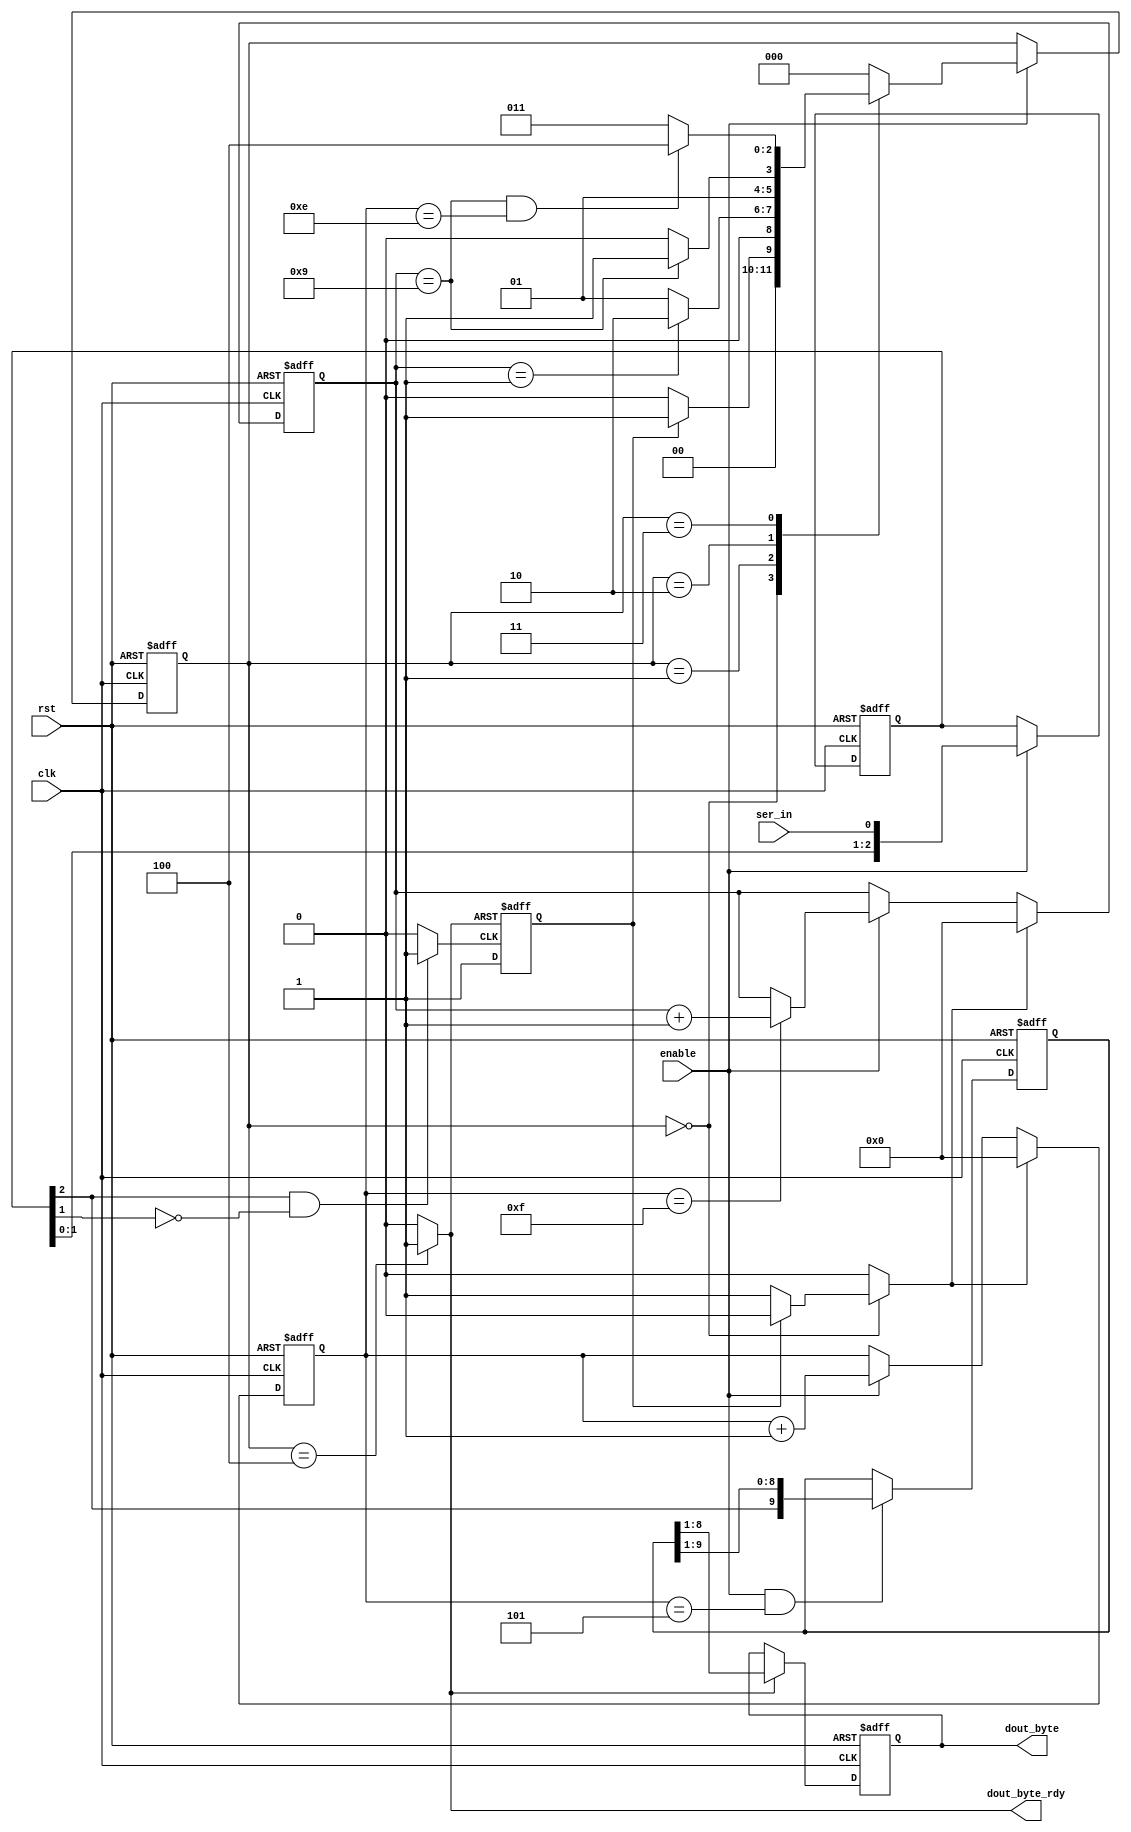
module UA_Receiver(clk,rst,enable,ser_in,dout_byte,dout_byte_rdy);
       
// inputs
input clk;
input rst;
input enable;
input ser_in;
// outputs
output [7:0] dout_byte;
output dout_byte_rdy;
//registers
reg [2:0] ser_in_reg;
reg [3:0] bit_count;
reg [3:0] sample_count;
reg [9:0] dout_byte_temp;
reg [7:0] dout_byte;
reg start;
reg [2:0] state;
reg [2:0] nstate;
reg rst1;
reg rst2;
reg load_data;
wire startbitsync;

parameter idle=0,start_bit=1, data_bits=2, stop_bit=3, load=4; 

initial
start=0;
        
 // detect input data
always @(posedge clk or posedge rst)
begin
    if (rst)
       ser_in_reg <= 0;
    else if (enable)
       ser_in_reg <= {ser_in_reg[1:0],ser_in};
end

assign startbitsync = ser_in_reg[2]&(~ser_in_reg[1]) ? 1'b1 : 1'b0;

always @(posedge startbitsync or posedge rst1)
if (rst1)
	start <= 0;
else
	start <= 1;

// output logic
always @(posedge clk or posedge rst)
begin
	if(rst)
	   sample_count <= 0; 
  else if (rst2)
		sample_count <= 4'd0;
	else if (enable)
   	sample_count <= sample_count+1;
  else 
	   sample_count <= sample_count;   	
end

always @(posedge clk or posedge rst)
begin
	if(rst)
     bit_count <=4'd0;
	else if(rst2)
     bit_count <=4'd0; 	   
  else if(enable)
	  begin
		if(sample_count ==15)
     	bit_count <= bit_count+1;
	  else
      bit_count <= bit_count;	
    end
end
// output logic
always @(posedge clk or posedge rst)
begin
    if (rst)
   		dout_byte_temp <= 0;
    else if (enable &(sample_count == 5))
      dout_byte_temp <= {ser_in_reg[2],dout_byte_temp[9:1]}; 
	 	else
	    dout_byte_temp <= dout_byte_temp; 
end
// output logic
always @(posedge clk or posedge rst)
begin
	if (rst)
	    dout_byte <= 0;
	else if(load_data)
		  dout_byte<=dout_byte_temp[8:1];
	else
	   dout_byte<=dout_byte;
end

assign dout_byte_rdy = load_data ;

always @(posedge clk or posedge rst)
if (rst)
	state<=0;
else if (enable)
	state<=nstate;

always @(state or start or bit_count or sample_count)
begin
load_data=0;
rst1=0;
rst2=0;

case (state)
idle:	begin
				if(start)
					nstate=start_bit;
				else
	 				begin
					nstate=idle;
					rst2=1;
					end
			end
start_bit:	begin
						if (bit_count==1)
							nstate=data_bits;
						else
				   		nstate=start_bit;
		      	end
data_bits:	begin
						if (bit_count==9)
							nstate=stop_bit;
						else
							nstate=data_bits;
						end
stop_bit:		begin
						if ((bit_count==9)&(sample_count==14))
							nstate=load;
						else
							nstate=stop_bit;
						end
load:				begin
						load_data=1;
						rst1=1;
						nstate=idle;
						end
default:		nstate=idle;
endcase
end
endmodule